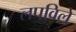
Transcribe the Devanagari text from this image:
लपविले